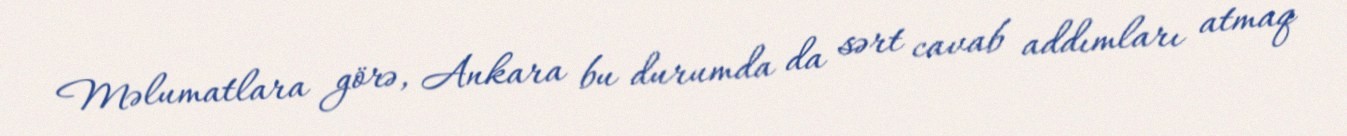
Məlumatlara görə, Ankara bu durumda da sərt cavab addımları atmaq